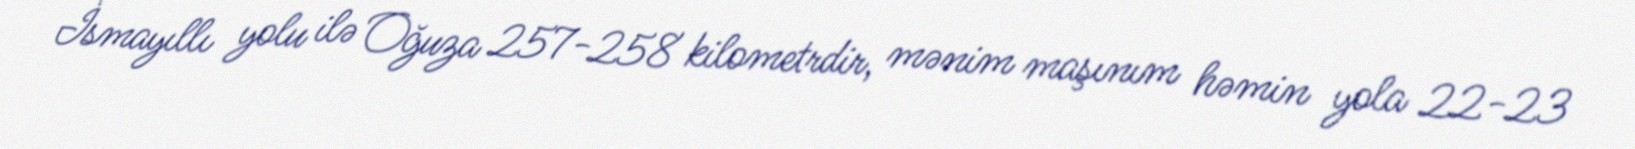
İsmayıllı yolu ilə Oğuza 257-258 kilometrdir, mənim maşınım həmin yola 22-23